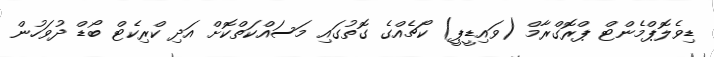
ޑިވެލޮޕްމެންޓް ޕްރޮގްރާމް (ވައިޑީޕީ) ކޯޗެއްގެ ގޮތުގައި މަސައްކަތްކޮށް އަދި ކްރިކެޓް ބޯޑް ދުވަހުން